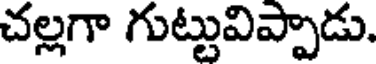
చల్లగా గుట్టువిప్పాడు.